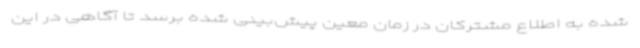
شده به اطلاع مشترکان در زمان معین پیش‌بینی ‌شده برسد تا آگاهی در این